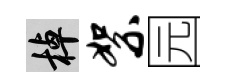
棹絮园